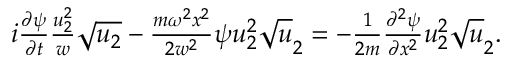
\begin{array} { r } { i \frac { \partial \psi } { \partial t } \frac { u _ { 2 } ^ { 2 } } { w } \sqrt { u _ { 2 } } - \frac { m \omega ^ { 2 } x ^ { 2 } } { 2 w ^ { 2 } } \psi u _ { 2 } ^ { 2 } \sqrt { u } _ { 2 } = - \frac { 1 } { 2 m } \frac { \partial ^ { 2 } \psi } { \partial x ^ { 2 } } u _ { 2 } ^ { 2 } \sqrt { u } _ { 2 } . } \end{array}